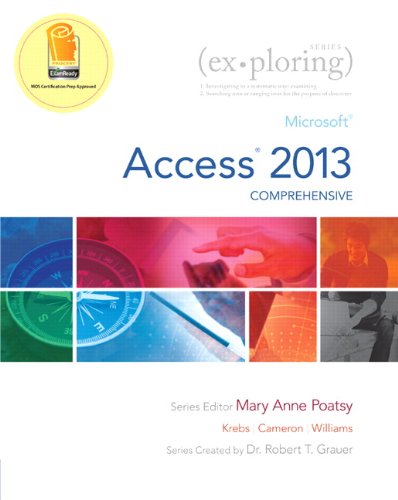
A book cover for Exploring Microsoft Access 2013, Comprehensive (Exploring for Office 2013); MaryAnne Poatsy; Computers & Technology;